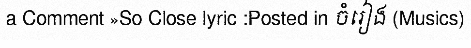
a Comment »So Close lyric :Posted in ចំរៀង (Musics)